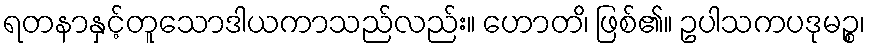
ရတနာနှင့်တူသောဒါယကာသည်လည်း။ ဟောတ၊ိ ဖြစ်၏။ ဥပါသကပဒုမဉ္စ၊